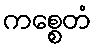
ကစ္စေတံ